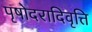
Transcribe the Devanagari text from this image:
पृषोदरादिवृत्ति